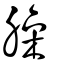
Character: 臊